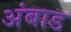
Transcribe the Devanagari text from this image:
अंबाड